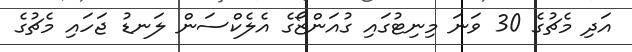
އަދި މެޗުގެ 30 ވަނަ މިނިޓުގައި ގުއަންޒޯގެ އެލެކްސަން ލަނޑު ޖަހައި މެޗުގެ